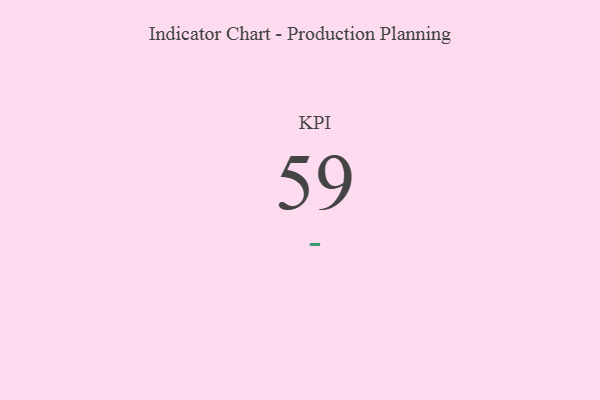
{"axis": {"x": "KPI", "y": "Value"}, "legend": [""], "data": [{"x": "KPI", "y": 59, "type": ""}]}